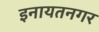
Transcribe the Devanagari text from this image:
इनायतनगर